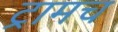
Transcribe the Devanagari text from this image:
ट्रामच